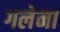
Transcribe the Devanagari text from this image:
गलेना